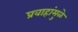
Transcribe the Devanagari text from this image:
प्रवाहांमुळे